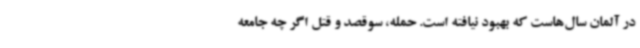
در آلمان سال‌هاست که بهبود نیافته است. حمله، سوقصد و قتل اگر چه جامعه